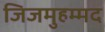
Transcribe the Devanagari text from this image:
जिजमुहम्मद